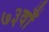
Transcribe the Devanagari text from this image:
७३वाँ